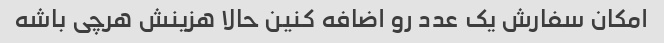
امکان سفارش یک عدد رو اضافه کنین حالا هزینش هرچی باشه